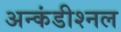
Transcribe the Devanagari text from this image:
अन्कंडीश्नल